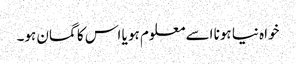
خواہ نیا ہونا اسے معلوم ہو یا اس کا گمان ہو۔